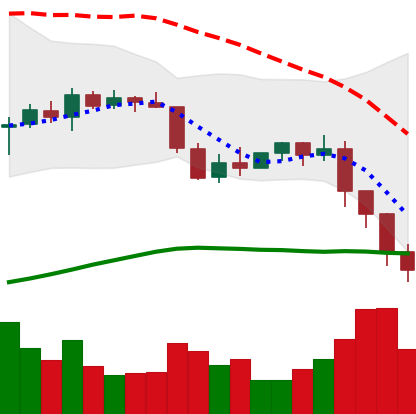
Ticker: ETH-USD
Chart end date: 2022-01-08
Forward return: 5.056%
Label: up_5_7